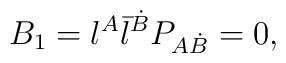
B_1 = {\l}^{A} {\bar{\l}}^{\dot{B}} P_{A\dot{B}}   = 0,